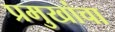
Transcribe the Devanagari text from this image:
प्रमुखांचा